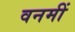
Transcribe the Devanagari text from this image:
वनमीं